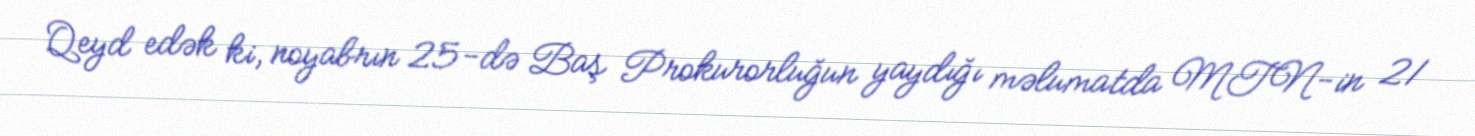
Qeyd edək ki, noyabrın 25-də Baş Prokurorluğun yaydığı məlumatda MTN-in 21